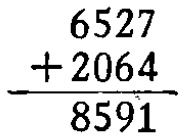
\[
\begin{array}{r}
6527 \\
+2064 \\
\hline
8591
\end{array}
\]